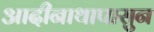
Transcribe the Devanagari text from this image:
आदीनाथापासुन